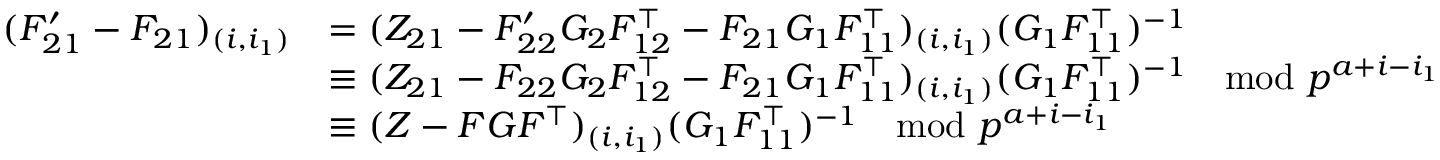
\begin{array} { r l } { ( F _ { 2 1 } ^ { \prime } - F _ { 2 1 } ) _ { ( i , i _ { 1 } ) } } & { = ( Z _ { 2 1 } - F _ { 2 2 } ^ { \prime } G _ { 2 } F _ { 1 2 } ^ { \intercal } - F _ { 2 1 } G _ { 1 } F _ { 1 1 } ^ { \intercal } ) _ { ( i , i _ { 1 } ) } ( G _ { 1 } F _ { 1 1 } ^ { \intercal } ) ^ { - 1 } } \\ & { \equiv ( Z _ { 2 1 } - F _ { 2 2 } G _ { 2 } F _ { 1 2 } ^ { \intercal } - F _ { 2 1 } G _ { 1 } F _ { 1 1 } ^ { \intercal } ) _ { ( i , i _ { 1 } ) } ( G _ { 1 } F _ { 1 1 } ^ { \intercal } ) ^ { - 1 } \mod p ^ { a + i - i _ { 1 } } } \\ & { \equiv ( Z - F G F ^ { \intercal } ) _ { ( i , i _ { 1 } ) } ( G _ { 1 } F _ { 1 1 } ^ { \intercal } ) ^ { - 1 } \mod p ^ { a + i - i _ { 1 } } } \end{array}